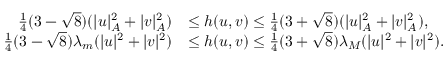
\begin{array} { r l } { \frac 1 4 ( 3 - \sqrt { 8 } ) ( | u | _ { A } ^ { 2 } + | v | _ { A } ^ { 2 } ) } & { \le h ( u , v ) \le \frac 1 4 ( 3 + \sqrt { 8 } ) ( | u | _ { A } ^ { 2 } + | v | _ { A } ^ { 2 } ) , } \\ { \frac 1 4 ( 3 - \sqrt { 8 } ) \lambda _ { m } ( | u | ^ { 2 } + | v | ^ { 2 } ) } & { \le h ( u , v ) \le \frac 1 4 ( 3 + \sqrt { 8 } ) \lambda _ { M } ( | u | ^ { 2 } + | v | ^ { 2 } ) . } \end{array}